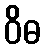
ဝိဓ